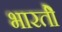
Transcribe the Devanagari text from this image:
भारतीे